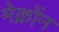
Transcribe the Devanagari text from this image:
मेक्रोंन